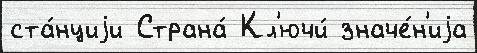
ста́нциjи Страна́ Кл'ючи́ значе́н'иjа